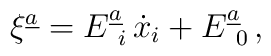
\xi^{\underline{a}} = E^{\underline{a}}_{\ i}\, \dot{x}_{i} +E^{\underline{a}}_{\ 0} \, ,